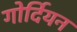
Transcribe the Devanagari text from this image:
गोर्दियन